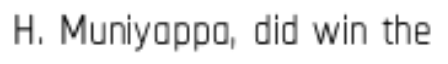
H. Muniyappa, did win the